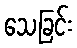
သေခြင်း